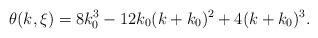
LaTeX: \begin{align*} \theta(k,\xi)=8k_0^3-12k_0(k+k_0)^2+4(k+k_0)^3.\end{align*}